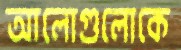
আলোগুলোকে